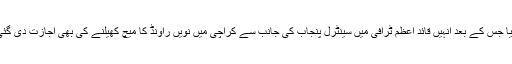
نیشنل کرکٹ اکیڈمی لاہور میں ری ہیب میں حصہ لیا جس کے بعد انہیں قائد اعظم ٹرافی میں سینٹرل پنجاب کی جانب سے کراچی میں نویں راونڈ کا میچ کھیلنے کی بھی اجازت دی گئی تاکہ میچ سے ان کی فٹنس کا اندازہ لگایا جا سکے۔